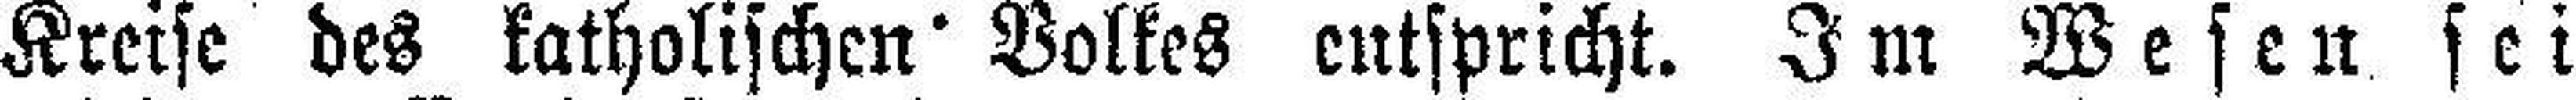
Kreise des katholischen Volkes entspricht. Im Wesen sei